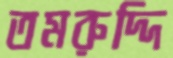
তমরুদ্দি